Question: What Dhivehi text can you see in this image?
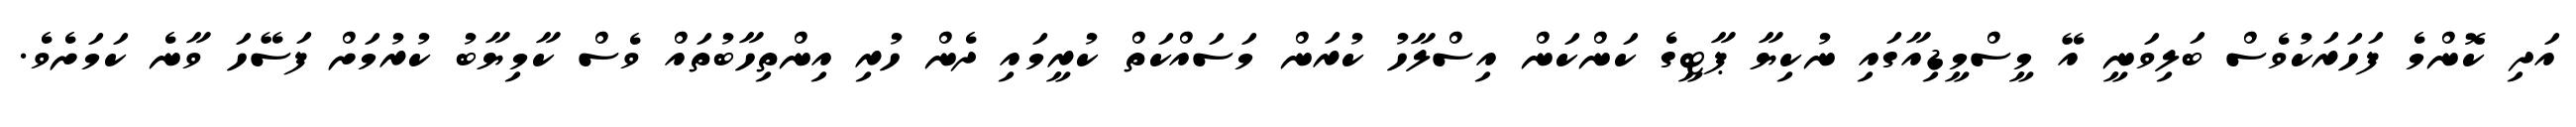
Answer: އަދި ކޮންމެ ފަހަރަކުވެސް ބަލިވަނީ އޭ މީސްމީޑިއާގައި ނުކިޔާ ޕާޓީގެ ކަންކަން އިސްލާހު ކުރަން މަސައްކަތް ކުރީމައި ދެން ހުރި އިންތިހާބުތައް ވެސް ކާމިޔާބު ކުރުމަށް ފަސޭހަ ވާނެ ކަމަށެވެ.